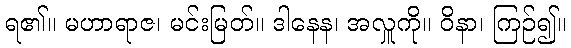
ရ၏။ မဟာရာဇ၊ မင်းမြတ်။ ဒါနေန၊ အလှူကို။ ဝိနာ၊ ကြဉ်၍။